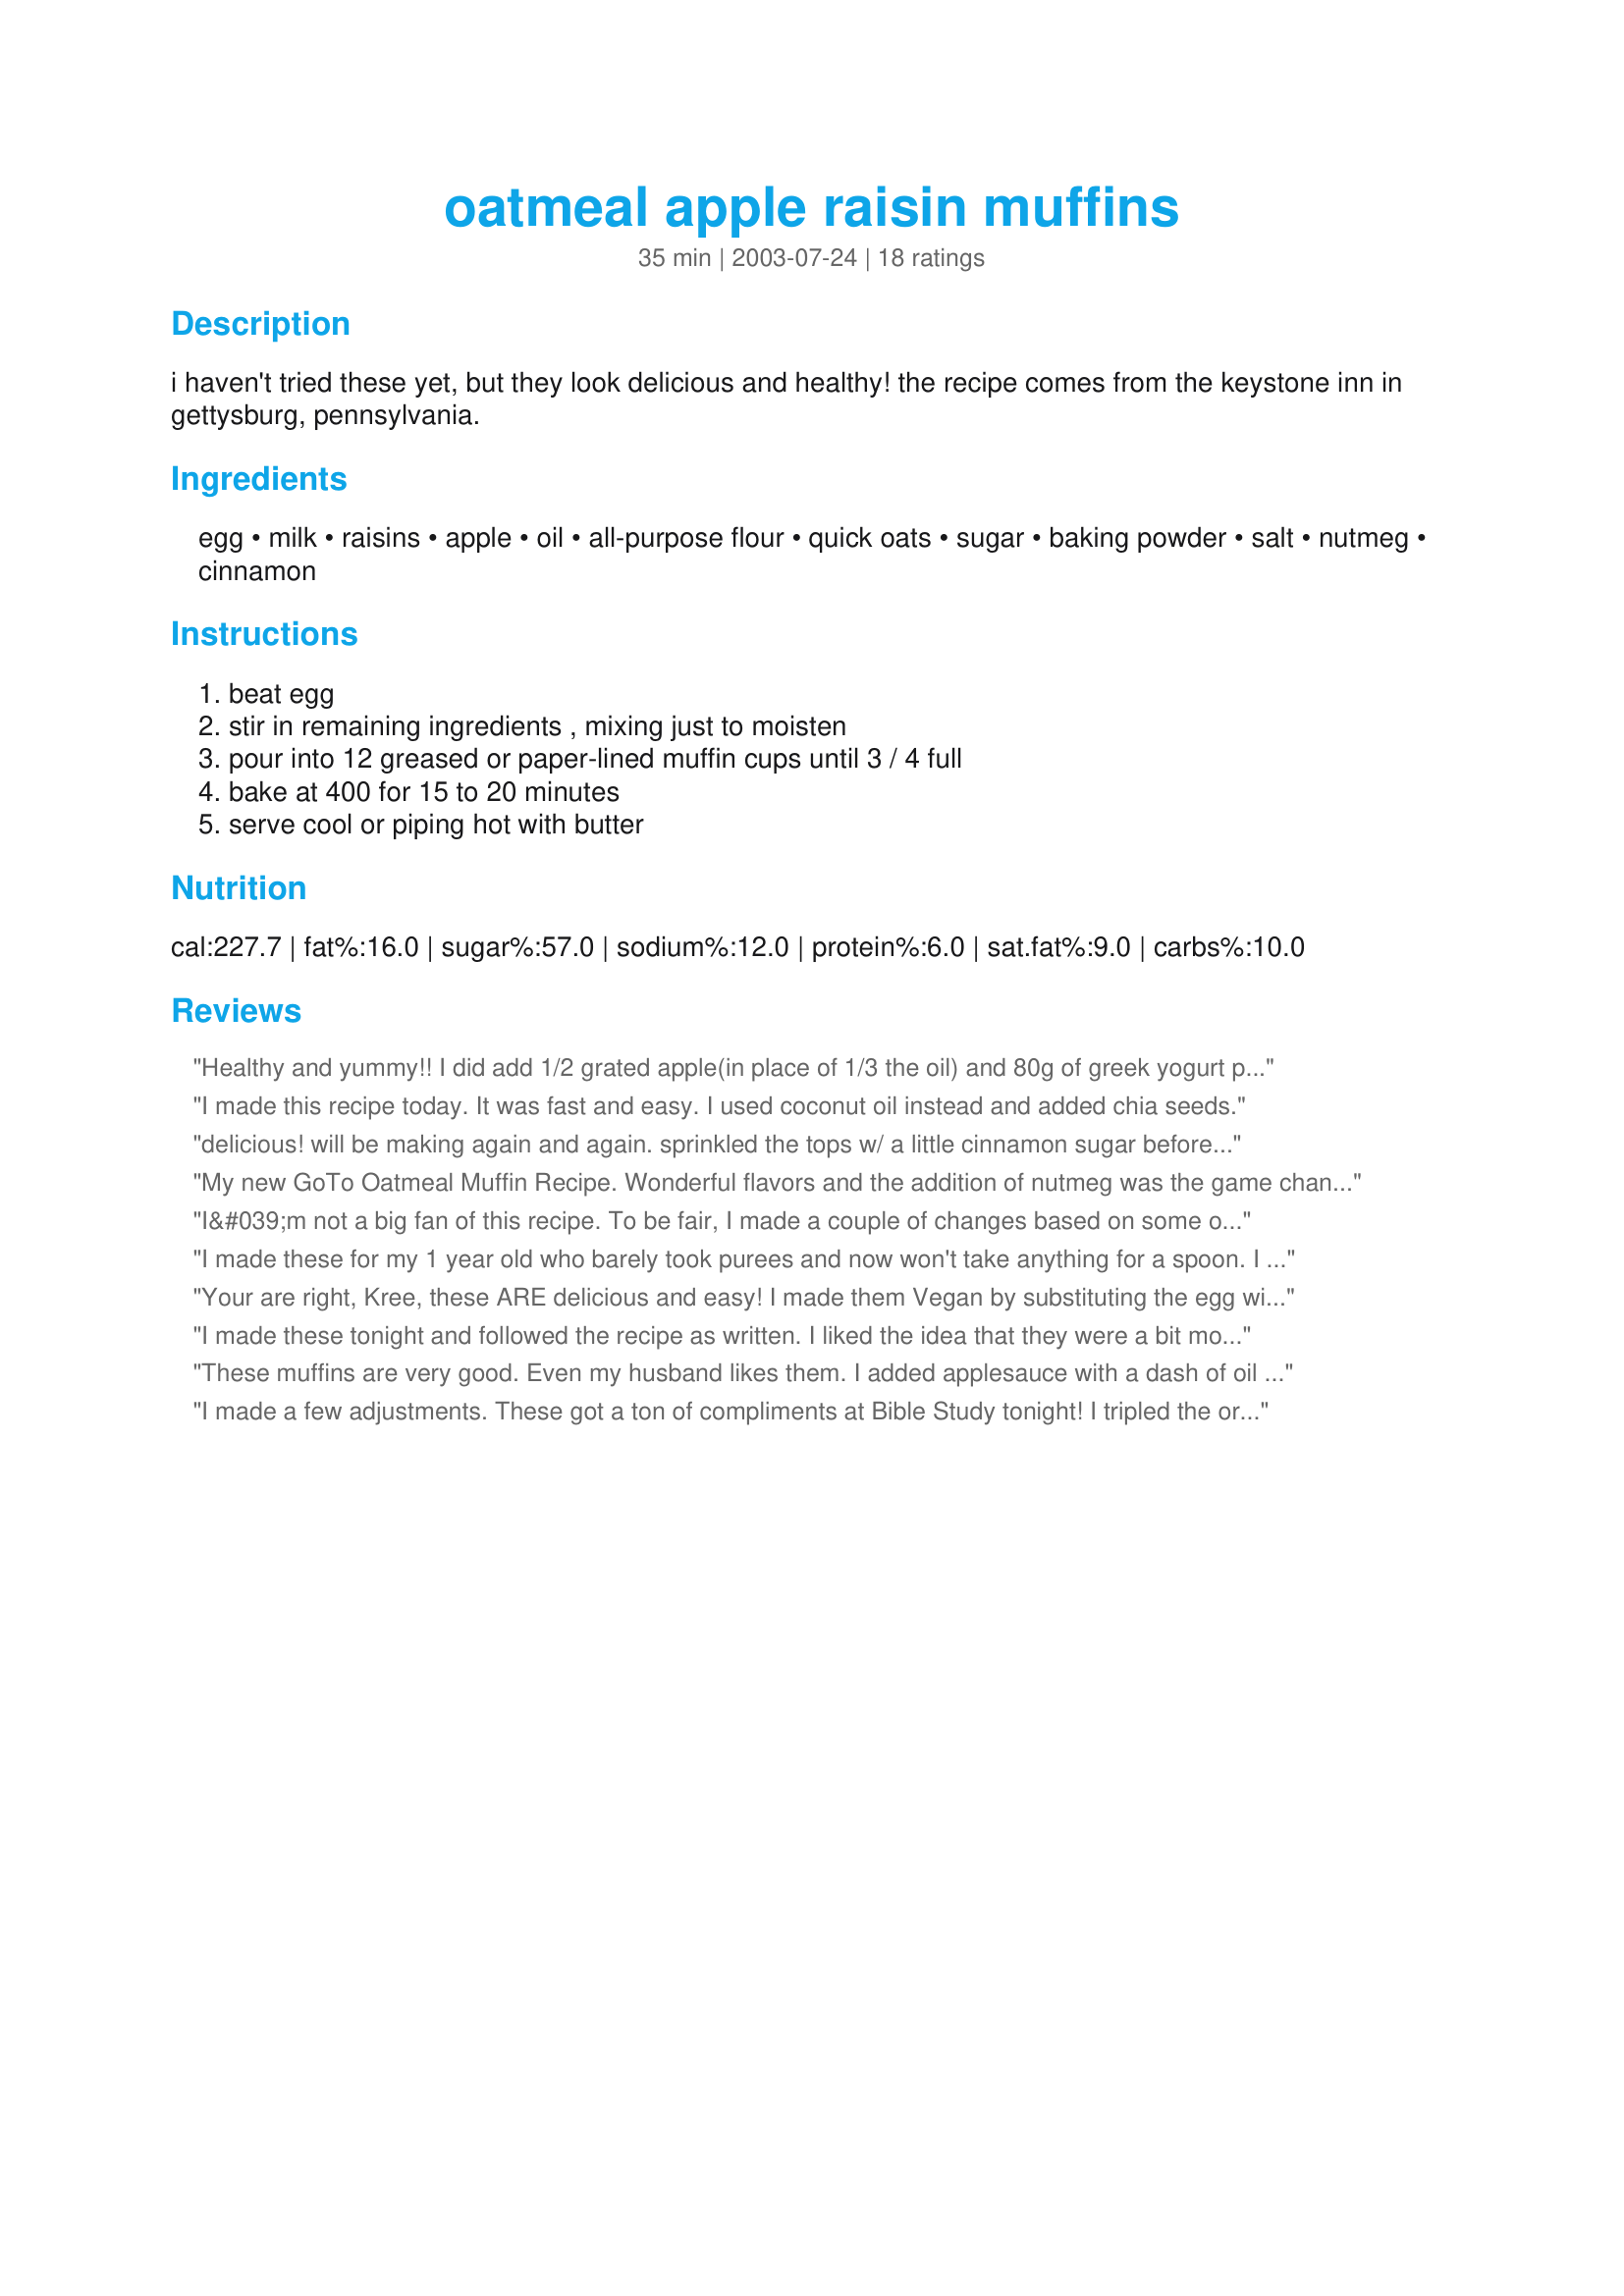
oatmeal apple raisin muffins
Preparation time: 35 minutes

i haven't tried these yet, but they look delicious and healthy! the recipe comes from the keystone inn in gettysburg, pennsylvania.

Ingredients:
egg, milk, raisins, apple, oil, all-purpose flour, quick oats, sugar, baking powder, salt, nutmeg, cinnamon

Steps:
beat egg, stir in remaining ingredients , mixing just to moisten, pour into 12 greased or paper-lined muffin cups until 3 / 4 full, bake at 400 for 15 to 20 minutes, serve cool or piping hot with butter

Reviews:
Healthy and yummy!! I did add 1/2 grated apple(in place of 1/3 the oil) and 80g of greek yogurt plus 100g of milk(in place of 3/4 cup milk). It turns out great and kids love it! Will definitely make it again!
I made this recipe today. It was fast and easy. I used coconut oil instead and added chia seeds.
delicious! will be making again and again. sprinkled the tops w/ a little cinnamon sugar before baking and baked for 20. Thanks for the recipe =0)
My new GoTo Oatmeal Muffin Recipe. Wonderful flavors and the addition of nutmeg was the game changer. Second day, they were even more flavor developed and still moist!
I&#039;m not a big fan of this recipe. To be fair, I made a couple of changes based on some other reviews. I liked the idea to use applesauce as a replacement for oil and whole wheat flour to make it healthier. The nutmeg is overpowering and there is a bitterness that must be from the excessive amount of baking powder. I found it too sweet also. It needs a lot of adjustment to be a good recipe.
I made these for my 1 year old who barely took purees and now won't take anything for a spoon. I like to make her foods that are low in sugar and healthy. These muffins are super easy and they are really yummy! I had one fresh from the oven because they smelled so good! You can tell they are low sugar but by no means do they taste like "health food" or cardboard. I agree with the person above that the baking powder was a bit strong so I will cut back next time. I did not add any salt and the 3 tsp baking powder made up for this. I'm hoping these will replace what used to be oatmeal for breakfast since she can pick at this herself.
Your are right, Kree, these ARE delicious and easy! I made them Vegan by substituting the egg with 1 medium banana (mashed) and reduced calories by substituting the oil with applesauce. This made them sweet enough to eliminate the sugar! The extra volume of these substitutions makes around 14 muffins. I am going to skip the salt next time, too. They are very yummy and filling. With the substituions they are only 90 calories each. Thank you for this recipe! Teresa
I made these tonight and followed the recipe as written. I liked the idea that they were a bit more healthier, but I thought they were not sweet enough and a bit dry. Thanks for the recipe.
These muffins are very good. Even my husband likes them. I added applesauce with a dash of oil instead of the oil(without the dash of oil the muffins turned out a little chewy). I also added apple slices to the tops of the muffins. My kids love these for breakfast and they are healthy and easy to grab on the way to school. mmmmm!
I made a few adjustments. These got a ton of compliments at Bible Study tonight! I tripled the original recipe to make three dozen): Mix dry ingredients and set aside: Dry ingredients: 3 c. white whole wheat flour, 3 c. oatmeal, 2 t. nutmeg, 6 t. cinnamon, 6 t. baking powder, 3 t. salt. Then mix the wet ingredients. Wet Ingredients: 3 eggs (beaten), 2-1/4 c. milk, 1-1/2 c. apple sauce (in place of oil), 1 T. of Vanilla, 2-1/2 c. raisins, 2 diced apples and 1 grated apple. Combine wet and dry ingredients. 400 degree oven for 20 minutes. Mine did not rise much at all, so my 2nd two batches I filled up the cups all the way and baked a bit longer. These turned out great, but stuck to the paper liners. I think because I didn&#039;t use oil. I read that you can spray your liners and that will help, so I tried that on the last batch and it did help. I will definitely make these again!!!
i was not the biggest fan of these. they were ok but definitely taste healthy....or have very little taste maybe i should say
V.tasty and v. easy to make! Used whole wheat flour and brown sugar, and they turned out beautifully. Nice height and a perfect golden brown finish!
I used some of Teresa's tips, but only egg whites, and yogurt instead of milk, all whole wheat flour. I made it as a small cake in a square pan, great breakfast food! Good, fast recipe!
Very very tasty muffins--DH and I loved these!! There's so much flavor from the apples, raisins, and spices, that you don't need a lot of sugar. And the texture is wonderful: slightly crisp on top, and soft and light underneath. The only change I made was to use whole wheat pastry flour. And next time I'll be sure to use paper muffin liners, as I had a hard time removing the muffins from a greased muffin tin (they tended to crumble). I will definitely make these again! Thank you Kree!!
Loved these! Quick and easy to throw together and very yummy. Thanks for sharing!
I used applesauce instead of oil and the muffins were moist and light. We found the baking powder flavor to be rather strong though. Next time I would try cutting it back to 2 tsp. and adding some vanilla to see if that helps the flavor. I was out of raisins so I used a large granny smith apple. Thanks for sharing!
Way too salty, so cut to half the salt. Texture is good, sweetness just right once you remove extra salt. I added chopped walnuts.
I made these muffins vegan by replacing the egg and milk. My only complaint is that they turned out way too nutmeg-y. 
Unless one is a big fan of nutmeg, I would definitely recommend adding about half of what this recipe calls for.
Other than that, the muffins are good. They have a nice texture & are a great breakfast food.
